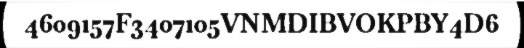
4609157F3407105VNMDIBVOKPBY4D6